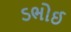
ડભોઈ